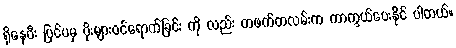
ရှိနေပီး ပြင်ပမှ ပိုးများဝင်ရောက်ခြင်း ကို လည်း တဖက်တလမ်းက ကာကွယ်ပေးနိုင် ပါတယ်။